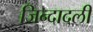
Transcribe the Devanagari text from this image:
जिन्दादली